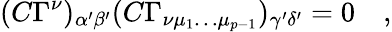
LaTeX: (C\Gamma^{\nu})_{\alpha^{\prime}\beta^{\prime}}(C\Gamma_{\nu\mu_{1}\dots\mu_{p-1}})_{\gamma^{\prime}\delta^{\prime}}=0\quad,